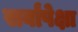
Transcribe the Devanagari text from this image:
सर्वांपेक्षा